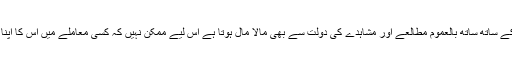
مصنف حساس ہونے کے ساتھ ساتھ بالعموم مطالعے اور مشاہدے کی دولت سے بھی مالا مال ہوتا ہے اس لیے ممکن نہیں کہ کسی معاملے میں اس کا اپنا کوئی نقطہ نظر نہ ہو۔